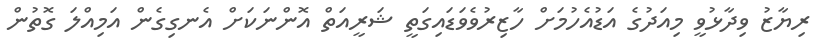
ރިޔާޒު ވިދާޅުވީ މިއަދުގެ އަޑުއެހުމަށް ހާޒިރުވެވަޑައިގަތީ ޝަރީއަތް އޮންނަކަށް އެނގިގެން އަމިއްލަ ގޮތުން